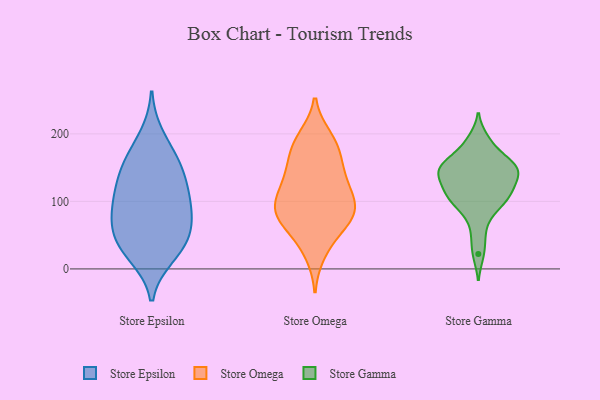
{"axis": {"x": "Demand Index", "y": "Value"}, "legend": ["Store Epsilon", "Store Gamma", "Store Omega"], "data": [{"x": "", "y": 105, "type": "Store Epsilon"}, {"x": "", "y": 24, "type": "Store Epsilon"}, {"x": "", "y": 92, "type": "Store Epsilon"}, {"x": "", "y": 61, "type": "Store Epsilon"}, {"x": "", "y": 158, "type": "Store Epsilon"}, {"x": "", "y": 19, "type": "Store Epsilon"}, {"x": "", "y": 75, "type": "Store Epsilon"}, {"x": "", "y": 153, "type": "Store Epsilon"}, {"x": "", "y": 127, "type": "Store Epsilon"}, {"x": "", "y": 59, "type": "Store Epsilon"}, {"x": "", "y": 34, "type": "Store Epsilon"}, {"x": "", "y": 96, "type": "Store Epsilon"}, {"x": "", "y": 47, "type": "Store Epsilon"}, {"x": "", "y": 197, "type": "Store Epsilon"}, {"x": "", "y": 122, "type": "Store Epsilon"}, {"x": "", "y": 161, "type": "Store Epsilon"}, {"x": "", "y": 174, "type": "Store Omega"}, {"x": "", "y": 88, "type": "Store Omega"}, {"x": "", "y": 41, "type": "Store Omega"}, {"x": "", "y": 98, "type": "Store Omega"}, {"x": "", "y": 73, "type": "Store Omega"}, {"x": "", "y": 76, "type": "Store Omega"}, {"x": "", "y": 183, "type": "Store Omega"}, {"x": "", "y": 194, "type": "Store Omega"}, {"x": "", "y": 87, "type": "Store Omega"}, {"x": "", "y": 188, "type": "Store Omega"}, {"x": "", "y": 115, "type": "Store Omega"}, {"x": "", "y": 72, "type": "Store Omega"}, {"x": "", "y": 99, "type": "Store Omega"}, {"x": "", "y": 141, "type": "Store Omega"}, {"x": "", "y": 129, "type": "Store Omega"}, {"x": "", "y": 24, "type": "Store Omega"}, {"x": "", "y": 153, "type": "Store Omega"}, {"x": "", "y": 79, "type": "Store Omega"}, {"x": "", "y": 133, "type": "Store Omega"}, {"x": "", "y": 135, "type": "Store Gamma"}, {"x": "", "y": 83, "type": "Store Gamma"}, {"x": "", "y": 51, "type": "Store Gamma"}, {"x": "", "y": 144, "type": "Store Gamma"}, {"x": "", "y": 111, "type": "Store Gamma"}, {"x": "", "y": 107, "type": "Store Gamma"}, {"x": "", "y": 154, "type": "Store Gamma"}, {"x": "", "y": 109, "type": "Store Gamma"}, {"x": "", "y": 108, "type": "Store Gamma"}, {"x": "", "y": 89, "type": "Store Gamma"}, {"x": "", "y": 192, "type": "Store Gamma"}, {"x": "", "y": 145, "type": "Store Gamma"}, {"x": "", "y": 133, "type": "Store Gamma"}, {"x": "", "y": 119, "type": "Store Gamma"}, {"x": "", "y": 159, "type": "Store Gamma"}, {"x": "", "y": 146, "type": "Store Gamma"}, {"x": "", "y": 22, "type": "Store Gamma"}, {"x": "", "y": 161, "type": "Store Gamma"}, {"x": "", "y": 184, "type": "Store Gamma"}, {"x": "", "y": 150, "type": "Store Gamma"}]}